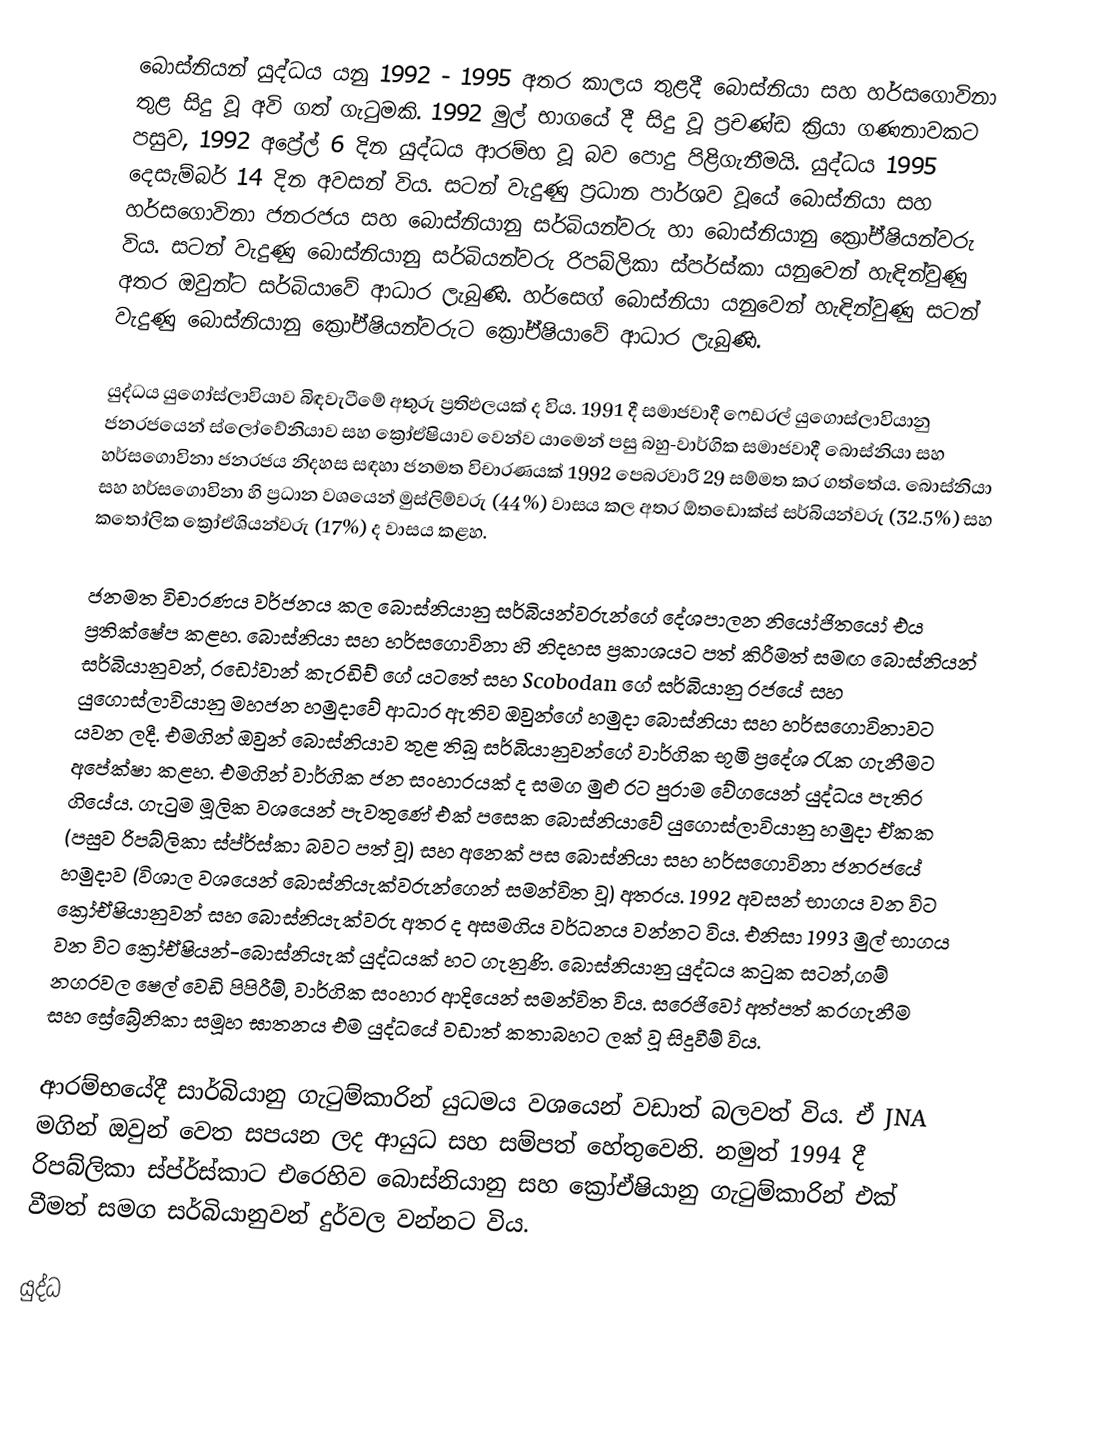
බොස්නියන් යුද්ධය යනු 1992 - 1995 අතර කාලය තුළදී බොස්නියා සහ හර්සගොවිනා තුළ සිදු වූ අවි ගත් ගැටුමකි. 1992 මුල් භාගයේ දී සිදු වූ ප්‍රචණ්ඩ ක්‍රියා ගණනාවකට පසුව, 1992 අප්‍රේල් 6 දින යුද්ධය ආරම්භ වූ බව පොදු පිළිගැනීමයි. යුද්ධය 1995 දෙසැම්බර් 14 දින අවසන් විය. සටන් වැදුණු ප්‍රධාන පාර්ශව වූයේ බොස්නියා සහ හර්සගොවිනා ජනරජය සහ බොස්නියානු සර්බියන්වරු හා බොස්නියානු ක්‍රෝඒෂියන්වරු විය. සටන් වැදුණු බොස්නියානු සර්බියන්වරු රිපබ්ලිකා ස්පර්ස්කා යනුවෙන් හැඳින්වුණු අතර ඔවුන්ට සර්බියාවේ ආධාර ලැබුණි. හර්සෙග් බොස්නියා යනුවෙන් හැඳින්වුණු සටන් වැදුණු බොස්නියානු ක්‍රෝඒෂියන්වරුට ක්‍රෝඒෂියාවේ ආධාර ලැබුණි.

යුද්ධය යුගෝස්ලාවියාව බිඳවැටීමේ අතුරු ප්‍රතිඵලයක් ද විය. 1991 දී සමාජවාදී ෆෙඩරල් යුගොස්ලාවියානු ජනරජයෙන් ස්ලෝවේනියාව සහ ක්‍රෝඒෂියාව වෙන්ව යාමෙන් පසු බහු-වාර්ගික සමාජවාදී බොස්නියා සහ හර්සගොවිනා ජනරජය නිදහස සඳහා ජනමත විචාරණයක් 1992 පෙබරවාරි 29 සම්මත කර ගත්තේය. බොස්නියා සහ හර්සගොවිනා හි ප්‍රධාන වශයෙන් මුස්ලිම්වරු (44%) වාසය කල අතර ඕතඩොක්ස් සර්බියන්වරු (32.5%) සහ කතෝලික ක්‍රෝඒශියන්වරු (17%) ද වාසය කළහ.

ජනමත විචාරණය වර්ජනය කල බොස්නියානු සර්බියන්වරුන්ගේ දේශපාලන නියෝජිතයෝ එය ප්‍රතික්ෂේප කළහ. බොස්නියා සහ හර්සගොවිනා හි නිදහස ප්‍රකාශයට පත් කිරීමත් සමඟ බොස්නියන් සර්බියානුවන්, රඩෝවාන් කැරඩිච් ගේ යටතේ සහ Scobodan ගේ සර්බියානු රජයේ සහ යුගොස්ලාවියානු මහජන හමුදාවේ ආධාර ඇතිව ඔවුන්ගේ හමුදා බොස්නියා සහ හර්සගොවිනාවට යවන ලදී. එමගින් ඔවුන් බොස්නියාව තුළ තිබූ සර්බියානුවන්ගේ වාර්ගික භූමි ප්‍රදේශ රැක ගැනීමට අපේක්ෂා කළහ. එමගින් වාර්ගික ජන සංහාරයක් ද සමග මුළු රට පුරාම වේගයෙන් යුද්ධය පැතිර ගියේය. ගැටුම මූලික වශයෙන් පැවතුණේ එක් පසෙක බොස්නියාවේ යුගොස්ලාවියානු හමුදා ඒකක (පසුව රිපබ්ලිකා ස්ප්ර්ස්කා බවට පත් වූ) සහ අනෙක් පස බොස්නියා සහ හර්සගොවිනා ජනරජයේ හමුදාව (විශාල වශයෙන් බොස්නියැක්වරුන්ගෙන් සමන්විත වූ) අතරය. 1992 අවසන් භාගය වන විට ක්‍රෝඒෂියානුවන් සහ බොස්නියැක්වරු අතර ද අසමගිය වර්ධනය වන්නට විය. එනිසා 1993 මුල් භාගය වන විට ක්‍රෝඒෂියන්-බොස්නියැක් යුද්ධයක් හට ගැනුණි. බොස්නියානු යුද්ධය කටුක සටන්,ගම් නගරවල ෂෙල් වෙඩි පිපිරීම්, වාර්ගික සංහාර ආදියෙන් සමන්විත විය. සරෙජිවෝ අත්පත් කරගැනීම සහ ස්‍රේබ්‍රේනිකා සමූහ ඝාතනය එම යුද්ධයේ වඩාත් කතාබහට ලක් වූ සිදුවීම් විය.

ආරම්භයේදී සාර්බියානු ගැටුම්කාරින් යුධමය වශයෙන් වඩාත් බලවත් විය. ඒ JNA මගින් ඔවුන් වෙත සපයන ලද ආයුධ සහ සම්පත් හේතුවෙනි. නමුත් 1994 දී රිපබ්ලිකා ස්ප්ර්ස්කාට එරෙහිව බොස්නියානු සහ ක්‍රෝඒෂියානු ගැටුම්කාරින් එක් වීමත් සමග සර්බියානුවන් දුර්වල වන්නට විය.

යුද්ධ